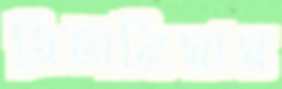
ব্রিটানিয়ায়